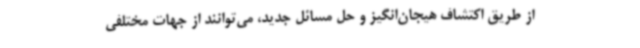
از طریق اکتشاف هیجان‌انگیز و حل مسائل جدید، می‌توانند از جهات مختلفی